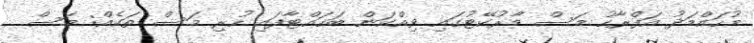
މުހައްމަދު އަފްރާހު މަސް މާރުކޭޓުގައި ވިއްކަން ބަހައްޓާފައި ހުރި މަސް ތަކެއް: މަސް